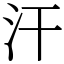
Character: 汗